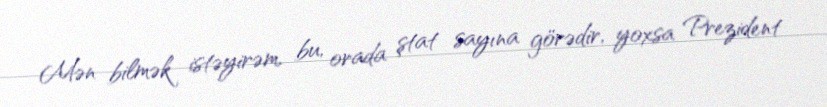
Mən bilmək istəyirəm, bu, orada ştat sayına görədir, yoxsa Prezident